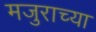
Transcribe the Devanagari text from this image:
मजुराच्या